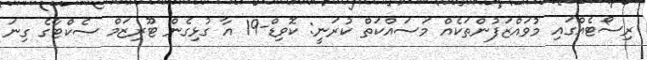
ރިސޯޓެއްގައި މުވައްޒަފުންތަކެއް މަސައްކަތް ކުރަނީ: ކޮވިޑް-19 އާ ގުޅިގެން ޓޫރިޒަމް ސެކްޓާގެ ގިނަ